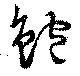
鮑